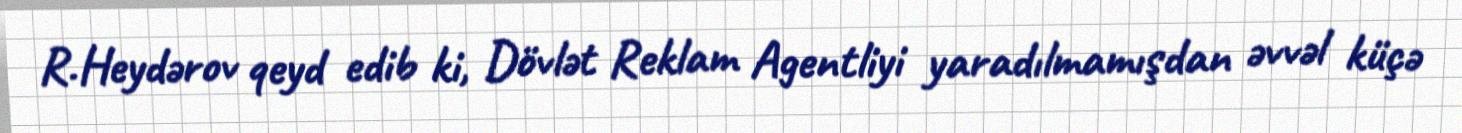
R.Heydərov qeyd edib ki, Dövlət Reklam Agentliyi yaradılmamışdan əvvəl küçə